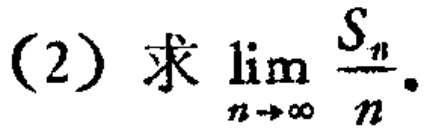
(2) 求 $\lim_{n \to \infty} \frac{S_{n}}{n}$。